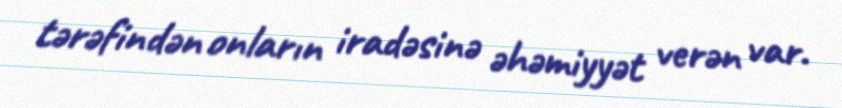
tərəfindən onların iradəsinə əhəmiyyət verən var.